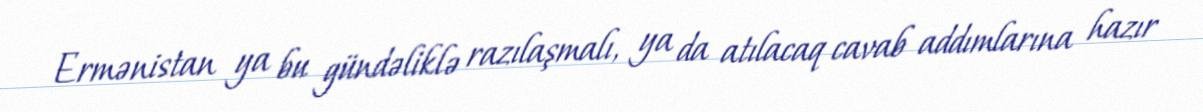
Ermənistan ya bu gündəliklə razılaşmalı, ya da atılacaq cavab addımlarına hazır